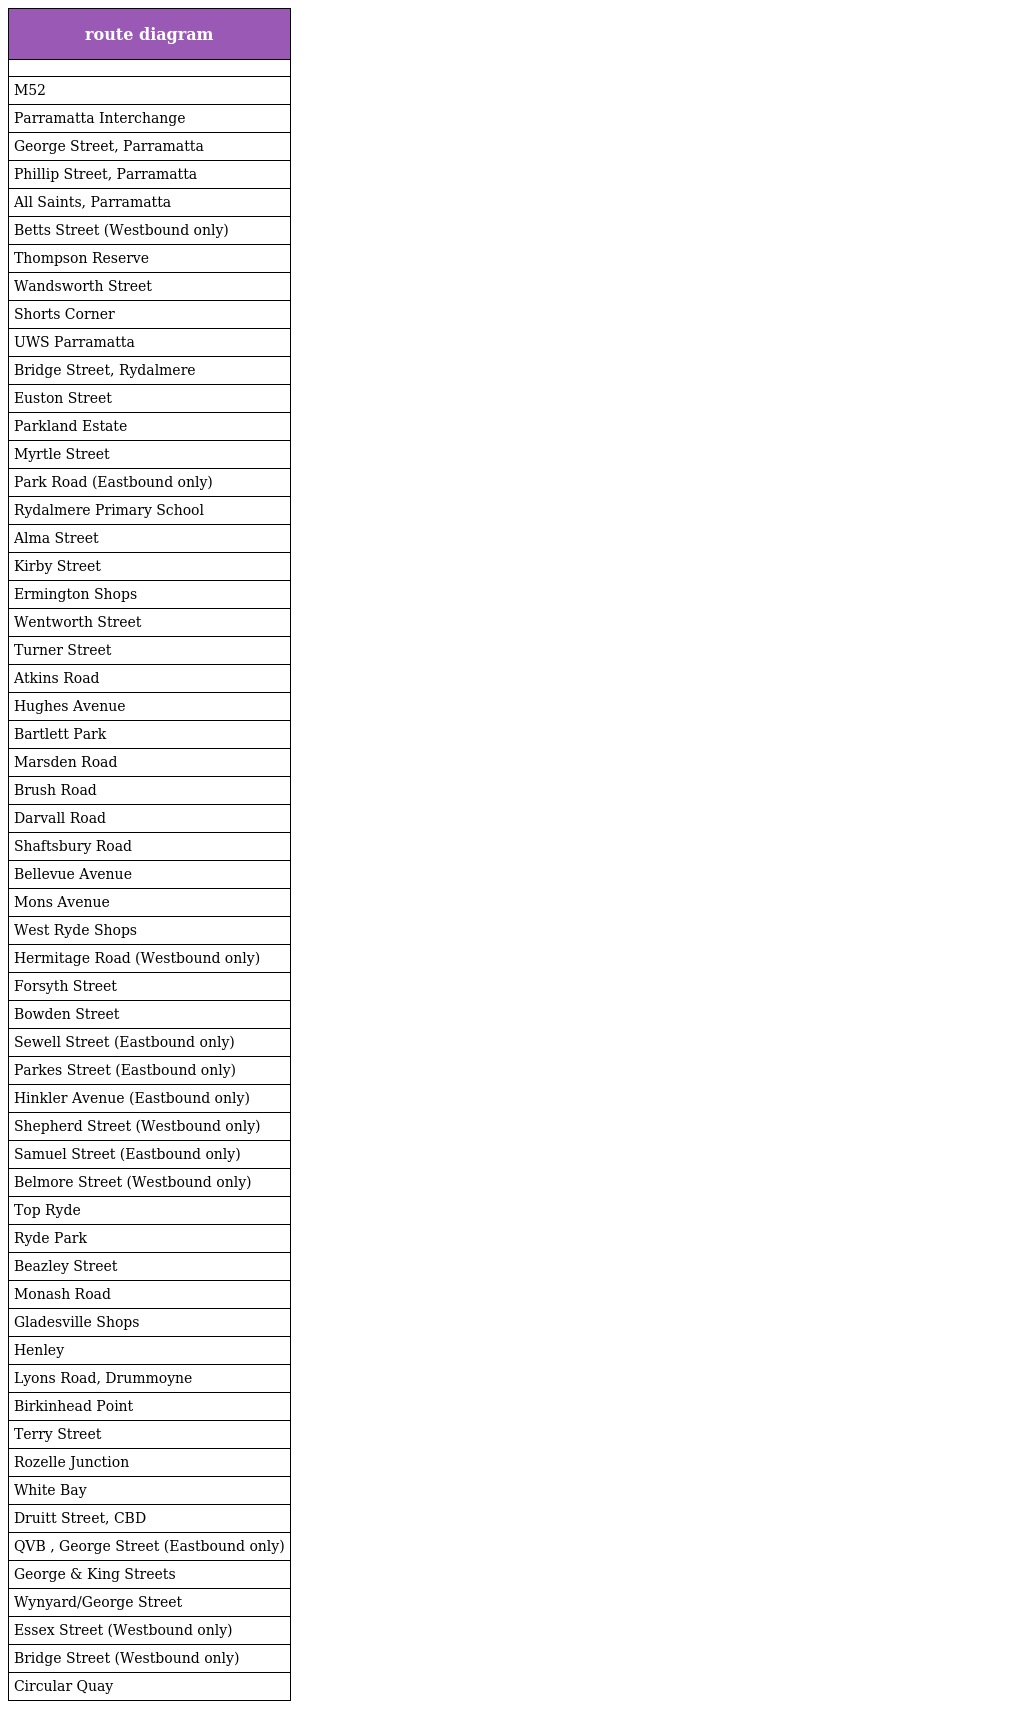
| route diagram |
 | --- |
 |  |
 | M52 |
 | Parramatta Interchange |
 | George Street, Parramatta |
 | Phillip Street, Parramatta |
 | All Saints, Parramatta |
 | Betts Street (Westbound only) |
 | Thompson Reserve |
 | Wandsworth Street |
 | Shorts Corner |
 | UWS Parramatta |
 | Bridge Street, Rydalmere |
 | Euston Street |
 | Parkland Estate |
 | Myrtle Street |
 | Park Road (Eastbound only) |
 | Rydalmere Primary School |
 | Alma Street |
 | Kirby Street |
 | Ermington Shops |
 | Wentworth Street |
 | Turner Street |
 | Atkins Road |
 | Hughes Avenue |
 | Bartlett Park |
 | Marsden Road |
 | Brush Road |
 | Darvall Road |
 | Shaftsbury Road |
 | Bellevue Avenue |
 | Mons Avenue |
 | West Ryde Shops |
 | Hermitage Road (Westbound only) |
 | Forsyth Street |
 | Bowden Street |
 | Sewell Street (Eastbound only) |
 | Parkes Street (Eastbound only) |
 | Hinkler Avenue (Eastbound only) |
 | Shepherd Street (Westbound only) |
 | Samuel Street (Eastbound only) |
 | Belmore Street (Westbound only) |
 | Top Ryde |
 | Ryde Park |
 | Beazley Street |
 | Monash Road |
 | Gladesville Shops |
 | Henley |
 | Lyons Road, Drummoyne |
 | Birkinhead Point |
 | Terry Street |
 | Rozelle Junction |
 | White Bay |
 | Druitt Street, CBD |
 | QVB , George Street (Eastbound only) |
 | George & King Streets |
 | Wynyard/George Street |
 | Essex Street (Westbound only) |
 | Bridge Street (Westbound only) |
 | Circular Quay |